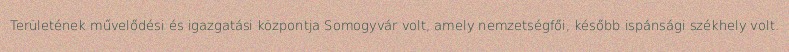
Területének művelődési és igazgatási központja Somogyvár volt, amely nemzetségfői, később ispánsági székhely volt.